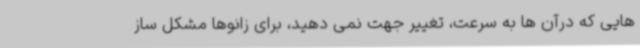
هایی که درآن ها به سرعت، تغییر جهت نمی دهید، برای زانوها مشکل ساز